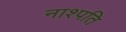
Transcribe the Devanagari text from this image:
नाश्पति